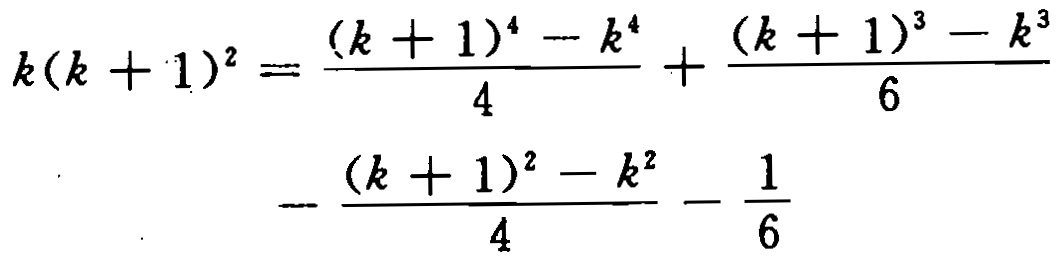
\[

\begin{align*}

k(k + 1)^{2}&=\frac{(k + 1)^{4}-k^{4}}{4}+\frac{(k + 1)^{3}-k^{3}}{6}\\

&-\frac{(k + 1)^{2}-k^{2}}{4}-\frac{1}{6}

\end{align*}

\]